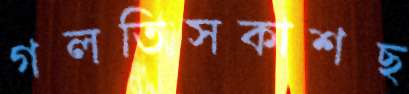
গলতিসকাশছ